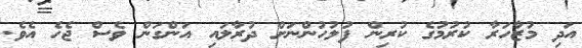
އަދި މުޒާހަރާ ކުރުމުގެ ކުރިން ފުލުހުންނަށް ދުރާލައި އަންގަން ވެސް ޖެހެ އެވެ.